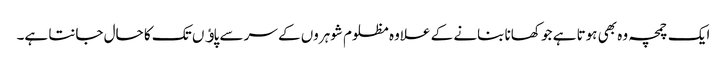
ایک چمچہ وہ بھی ہوتا ہے جو کھانا بنانے کے علاوہ مظلوم شوہروں کے سر سے پاﺅں تک کا حال جانتا ہے۔